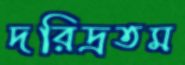
দরিদ্রতম